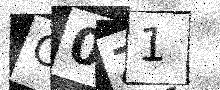
Text: C0Z1